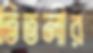
তিতলীর